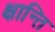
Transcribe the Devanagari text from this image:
क्षान्ति